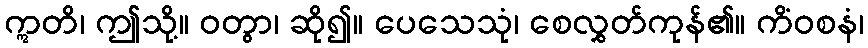
ဣတိ၊ ဤသို့။ ဝတွာ၊ ဆို၍။ ပေသေသုံ၊ စေလွှတ်ကုန်၏။ ကိံဝစနံ၊